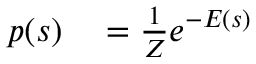
\begin{array} { r l } { p ( s ) } & { { } = \frac { 1 } { Z } e ^ { - E ( s ) } } \end{array}